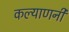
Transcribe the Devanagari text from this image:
कल्याणनी